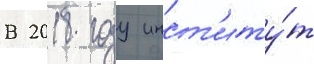
В 2018 году инст'иту́т